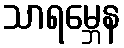
သာရမ္ဘေန